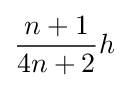
{\frac {n+1}{4n+2}}h